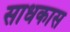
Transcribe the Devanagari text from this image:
साधकास